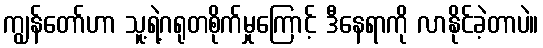
ကျွန်တော်ဟာ သူ့ရဲ့ဂရုတစိုက်မှုကြောင့် ဒီနေရာကို လာနိုင်ခဲ့တာပဲ။